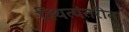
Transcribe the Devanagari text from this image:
स्थित्यंतरीत